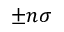
\pm n \sigma